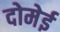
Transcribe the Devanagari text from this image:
दोमेई